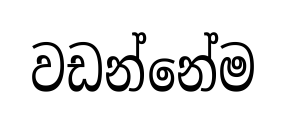
වඩන්නේම